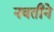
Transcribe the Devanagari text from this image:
नवतीने